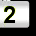
Digit: 2